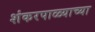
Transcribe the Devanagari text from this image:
शंकरपाळ्याच्या